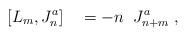
LaTeX: \begin{align*}[ L_m , J_n^a ] \quad = - n\;\; J_{n+m}^a \; , \end{align*}